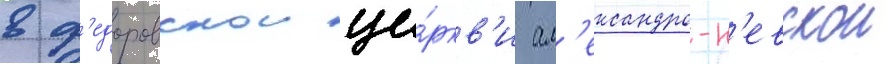
в ф'едоровскои це́ркв'и ал'ександро-н'евскои